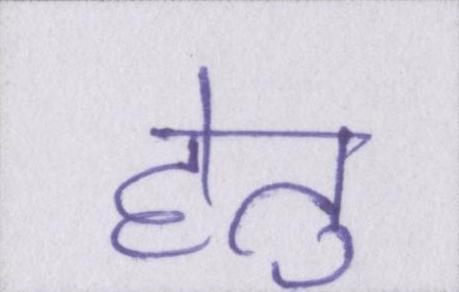
हेतु